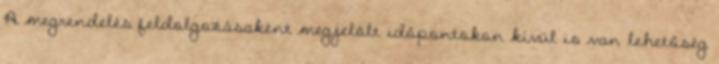
A megrendelés feldolgozásaként megjelölt időpontokon kívül is van lehetőség